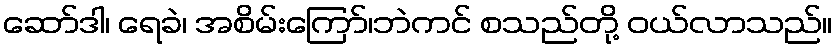
ဆော်ဒါ၊ ရေခဲ၊ အစိမ်းကြော်၊ဘဲကင် စသည်တို့ ဝယ်လာသည်။